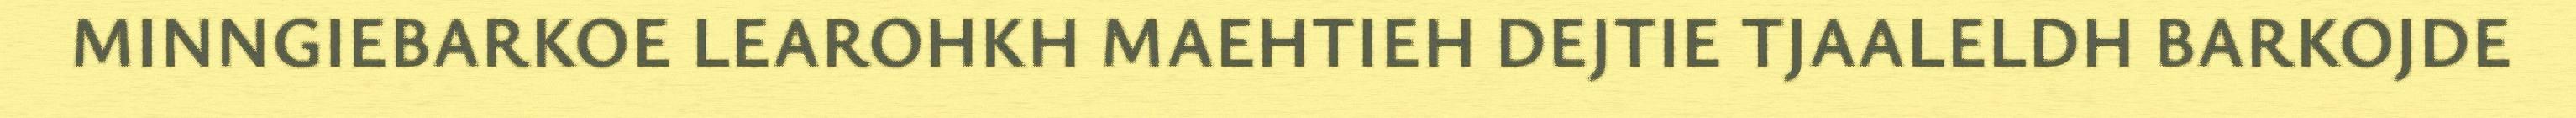
MINNGIEBARKOE LEAROHKH MAEHTIEH DEJTIE TJAALELDH BARKOJDE